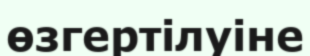
өзгертілуіне